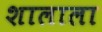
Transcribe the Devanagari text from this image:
शालाला